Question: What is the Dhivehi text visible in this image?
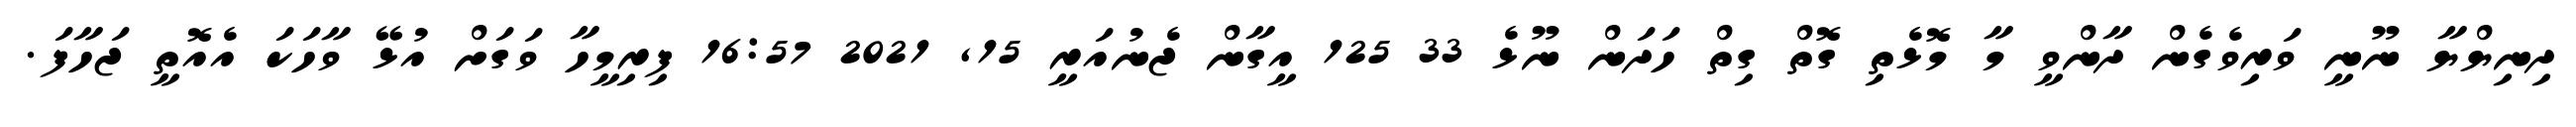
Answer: ދިނިޔްޔާ ނޫނީ ވަރިވެގެން ދާންވީ މާ މޮޅެތި ގޮތް ގިތް ހަދަން ނޫޅެ 33 125 އީގާން ޖެނުއަރީ 15, 2021 16:57 ފިރިމީހާ ވަގަށް އުޅޭ ވާހަކަ އެއޮތީ ޖަހާފަ.